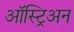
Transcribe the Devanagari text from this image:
ऑस्ट्रिअन